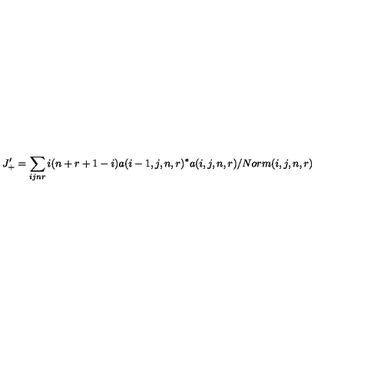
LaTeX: J _ { + } ^ { \prime } = \sum _ { i j n r } i ( n + r + 1 - i ) a ( i - 1 , j , n , r ) ^ { * } a ( i , j , n , r ) / N o r m ( i , j , n , r )